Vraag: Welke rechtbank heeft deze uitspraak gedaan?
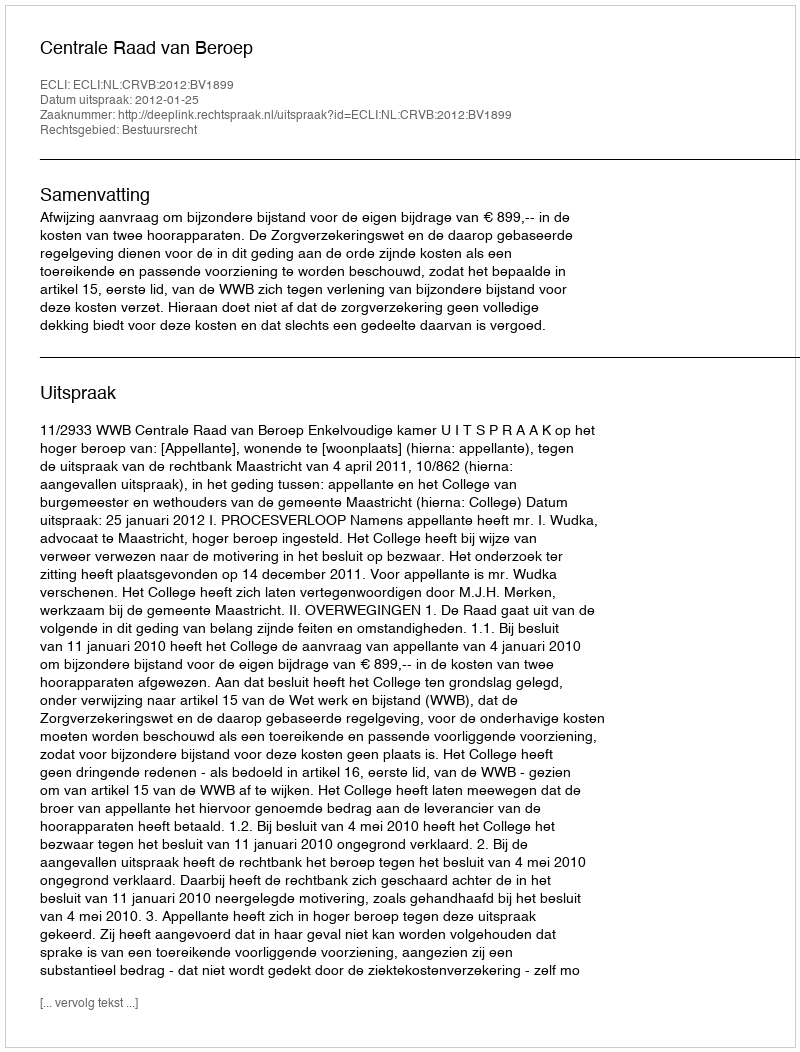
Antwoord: Centrale Raad van Beroep